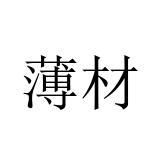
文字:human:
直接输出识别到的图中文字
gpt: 薄材